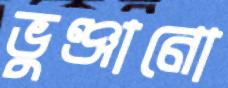
ভুঞ্জানো